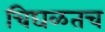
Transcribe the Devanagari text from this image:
चिघळतच